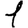
Digit: 1